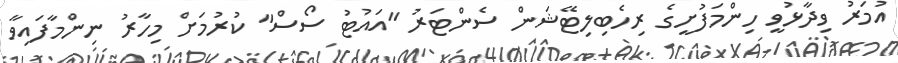
އުމަރު ވިދާޅުވީ ހިންމަފުށީގެ ރިހެބިލިޓޭޝަން ސެންޓަރު "އައުޓު ސޯސް" ކުރުމަށް މިހާރު ނިންމާފައިވާ